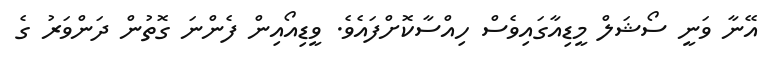
އޭނާ ވަނީ ސޯޝަލް މީޑިއާގައިވެސް ހިއްސާކޮށްފައެވެ. ވީޑިއޯއިން ފެންނަ ގޮތުން ދަންވަރު ގެ